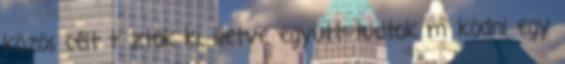
közös célt tűztök ki, illetve együtt tudtok működni egy